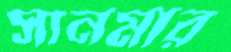
সানমার